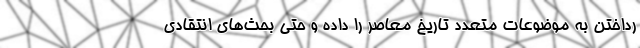
رداختن به موضوعات متعدد تاریخ معاصر را داده و حتی بحث‌های انتقادی